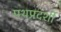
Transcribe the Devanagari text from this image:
पथप्रदर्शी